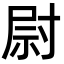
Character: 尉